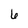
Character: 6